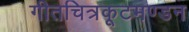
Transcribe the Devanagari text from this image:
गीतचित्रकूटमण्डन